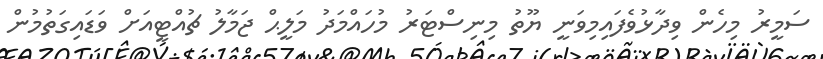
ސަމީރު މިހެން ވިދާޅުވެފައިމިވަނީ ޔޫތު މިނިސްޓަރު މުހައްމަދު މަލީޙް ޖަމާލު ޗުއްޓީއަށް ވަޑައިގަތުމުން